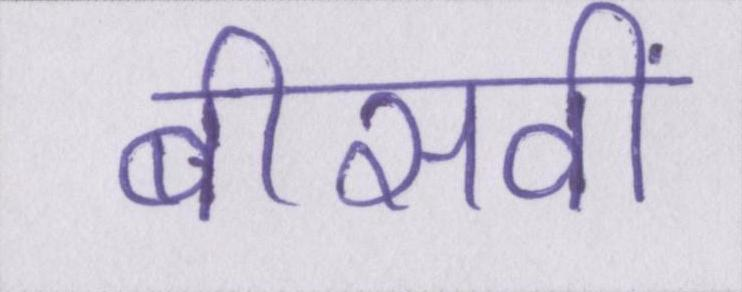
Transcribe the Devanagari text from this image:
बीसवीं